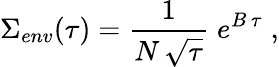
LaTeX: \Sigma_{env}(\tau)={\frac{1}{N\, \sqrt{\tau}}}\; e^{B\, \tau}\; ,